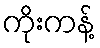
ကိုးကန့်